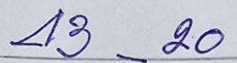
43 - 20